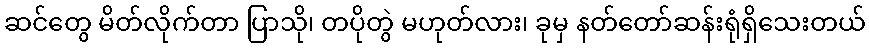
ဆင်တွေ မိတ်လိုက်တာ ပြာသို၊ တပိုတွဲ မဟုတ်လား၊ ခုမှ နတ်တော်ဆန်းရုံရှိသေးတယ်